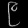
Digit: ၉